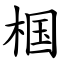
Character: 椢